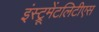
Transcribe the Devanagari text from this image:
इंस्ट्रूमेंटलिटीएस